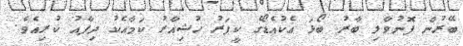
ބޭރުން ފޮނުވާލި ބާރު ބޯޅަ އެކުއެޑޯގެ ކީޕަރު ހުޝިއާރު ކަމާއެކު ދިފާއު ކުރިއެވެ.